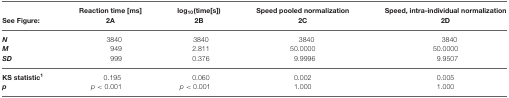
|  | Reaction time [ms] | log10(time[s]) | Speed pooled normalization | Speed, intra-individual normalization |
 | See Figure: | 2A | 2B | 2C | 2D |
 | --- | --- | --- | --- | --- |
 | N | 3840 | 3840 | 3840 | 3840 |
 | M | 949 | 2.811 | 50.0000 | 50.0000 |
 | SD | 999 | 0.376 | 9.9996 | 9.9507 |
 | KS statistic1 | 0.195 | 0.060 | 0.002 | 0.005 |
 | p | p < 0.001 | p < 0.001 | 1.000 | 1.000 |